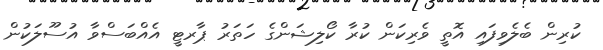
ކުރިން ބެލެވިފައި އޮތީ ވެރިކަން ކުރާ ކޯލިޝަންގެ ހަތަރު ޕާރޓީ އެއްބަސްވާ އުސޫލަކުން